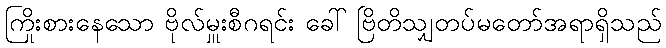
ကြိုးစားနေသော ဗိုလ်မှူးစီဂရင်း ခေါ် ဗြိတိသျှတပ်မတော်အရာရှိသည်